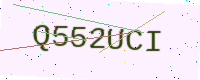
Text: Q552UCI